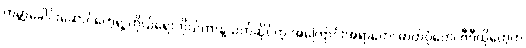
ကမ္ဘာ့ခေါင်းဆောင်တွေရဲ့ ကိုယ်ရေးကိုယ်တာနဲ့သက်ဆိုင်တဲ့ အကြောင်းအရာတွေ၊ ဓာတ်ပုံတွေ၊ ဗီဒီယိုတွေက